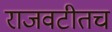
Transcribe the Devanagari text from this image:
राजवटीतच